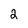
Character: 2